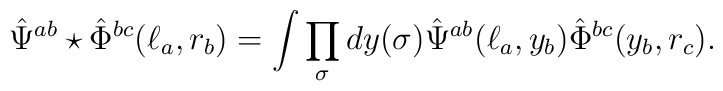
\hat\Psi^{ab}\star\hat\Phi^{bc}(\ell_a,r_b) = \int  \prod_{\sigma}dy(\sigma) \hat\Psi^{ab}(\ell_a,y_b)\hat\Phi^{bc}(y_b,r_c).